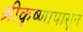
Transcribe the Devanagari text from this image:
श्रीकृष्णापासून